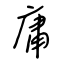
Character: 庸